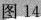
图14